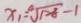
x _ { 1 } = \sqrt [ 4 ] { 1 2 8 } - 1